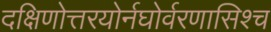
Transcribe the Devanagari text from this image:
दक्षिणोत्तरयोर्नघोर्वरणासिश्च